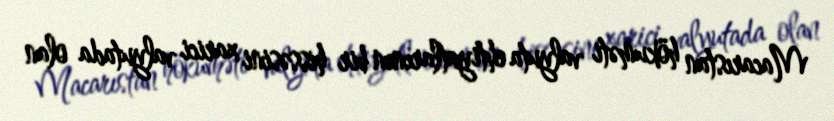
Macarıstan hökuməti valyuta ehtiyatlarının bir hissəsini xarici valyutada olan